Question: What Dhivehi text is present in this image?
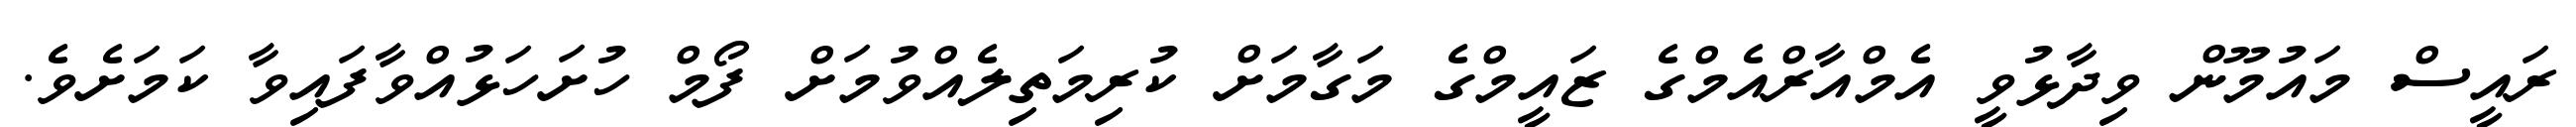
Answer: ރައީސް މައުމޫން ވިދާޅުވީ އެމްއާރްއެމްގެ ޒައީމްގެ މަގާމަށް ކުރިމަތިލެއްވުމަށް ފޯމް ހުށަހަޅުއްވާފައިވާ ކަމަށެވެ.